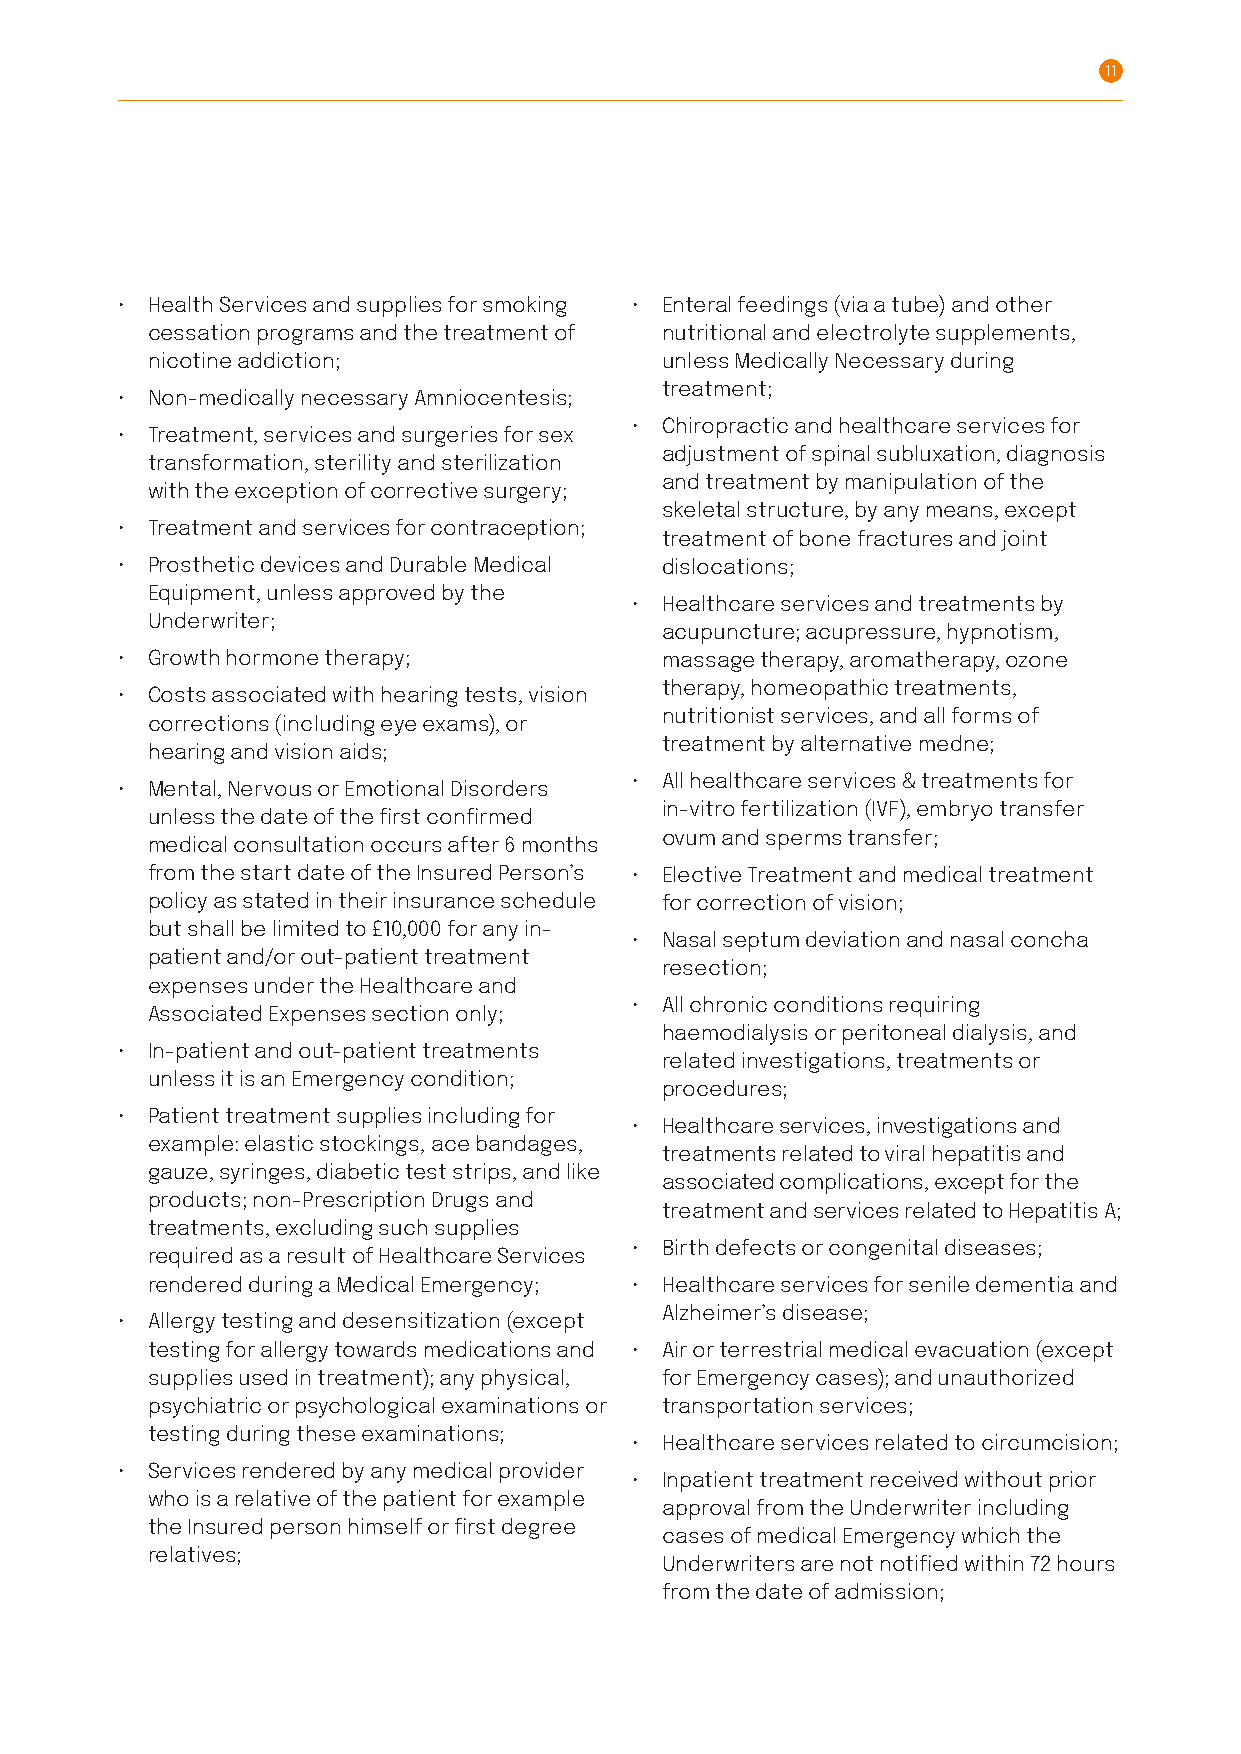
11
 • Health Services and supplies for smoking • Enteral feedings (via a tube) and other
 cessation programs and the treatment of nutritional and electrolyte supplements,
 nicotine addiction;               unless Medically Necessary during
 treatment;
 • Non-medically necessary Amniocentesis;
 • Chiropractic and healthcare services for
 • Treatment, services and surgeries for sex
 adjustment of spinal subluxation, diagnosis
 transformation, sterility and sterilization
 and treatment by manipulation of the
 with the exception of corrective surgery;
 skeletal structure, by any means, except
 • Treatment and services for contraception;
 treatment of bone fractures and joint
 • Prosthetic devices and Durable Medical dislocations;
 Equipment, unless approved by the
 • Healthcare services and treatments by
 Underwriter;
 acupuncture; acupressure, hypnotism,
 • Growth hormone therapy;           massage therapy, aromatherapy, ozone
 therapy, homeopathic treatments,
 • Costs associated with hearing tests, vision
 nutritionist services, and all forms of
 corrections (including eye exams), or
 treatment by alternative medne;
 hearing and vision aids;
 • All healthcare services & treatments for
 • Mental, Nervous or Emotional Disorders
 in-vitro fertilization (IVF), embryo transfer
 unless the date of the first confirmed
 ovum and sperms transfer;
 medical consultation occurs after 6 months
 from the start date of the Insured Person’s • Elective Treatment and medical treatment
 policy as stated in their insurance schedule for correction of vision;
 but shall be limited to £10,000 for any in-
 • Nasal septum deviation and nasal concha
 patient and/or out-patient treatment
 resection;
 expenses under the Healthcare and
 • All chronic conditions requiring
 Associated Expenses section only;
 haemodialysis or peritoneal dialysis, and
 • In-patient and out-patient treatments
 related investigations, treatments or
 unless it is an Emergency condition;
 procedures;
 • Patient treatment supplies including for
 • Healthcare services, investigations and
 example: elastic stockings, ace bandages,
 treatments related to viral hepatitis and
 gauze, syringes, diabetic test strips, and like
 associated complications, except for the
 products; non-Prescription Drugs and
 treatment and services related to Hepatitis A;
 treatments, excluding such supplies
 • Birth defects or congenital diseases;
 required as a result of Healthcare Services
 rendered during a Medical Emergency; • Healthcare services for senile dementia and
 Alzheimer’s disease;
 • Allergy testing and desensitization (except
 testing for allergy towards medications and • Air or terrestrial medical evacuation (except
 supplies used in treatment); any physical, for Emergency cases); and unauthorized
 psychiatric or psychological examinations or transportation services;
 testing during these examinations;
 • Healthcare services related to circumcision;
 • Services rendered by any medical provider
 • Inpatient treatment received without prior
 who is a relative of the patient for example
 approval from the Underwriter including
 the Insured person himself or first degree
 cases of medical Emergency which the
 relatives;
 Underwriters are not notified within 72 hours
 from the date of admission;